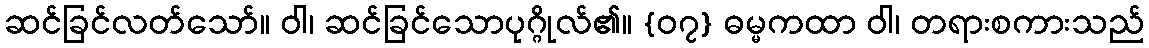
ဆင်ခြင်လတ်သော်။ ဝါ၊ ဆင်ခြင်သောပုဂ္ဂိုလ်၏။ {၀၇} ဓမ္မကထာ ဝါ၊ တရားစကားသည်